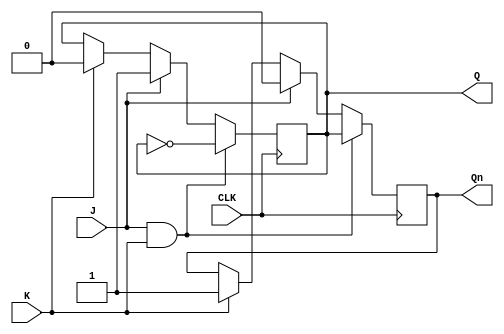
module jk_flipflop (
    input J,
    input K,
    input CLK,
    output reg Q,
    output reg Qn
);

always @(posedge CLK) begin
    if(J && K) begin
        Q <= ~Q;
        Qn <= Q;
    end else if(J) begin
        Q <= 1;
        Qn <= 0;
    end else if(K) begin
        Q <= 0;
        Qn <= 1;
    end
end

endmodule